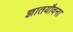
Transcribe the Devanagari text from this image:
ज्ञातयौवना